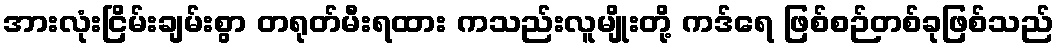
အားလုံးငြိမ်းချမ်းစွာ တရုတ်မီးရထား ကသည်းလူမျိုးတို့ ကဒ်ရေ ဖြစ်စဉ်တစ်ခုဖြစ်သည်